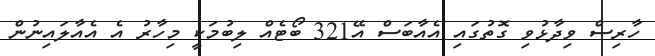
ހާރިސް ވިދާޅުވި ގޮތުގައި އެއާބަސް އޭ321 ބޯޓެއް ލިބުމަކީ މިހާރު އެ އެއާލައިނުން